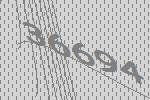
36694